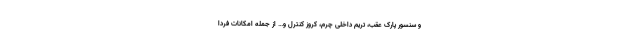
و سنسور پارک عقب، تریم داخلی چرم، کروز کنترل و… از جمله امکانات فردا